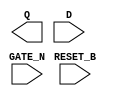
module sky130_fd_sc_ms__dlrtn (
    Q      ,
    RESET_B,
    D      ,
    GATE_N
);

    output Q      ;
    input  RESET_B;
    input  D      ;
    input  GATE_N ;

    // Voltage supply signals
    supply1 VPWR;
    supply0 VGND;
    supply1 VPB ;
    supply0 VNB ;

endmodule